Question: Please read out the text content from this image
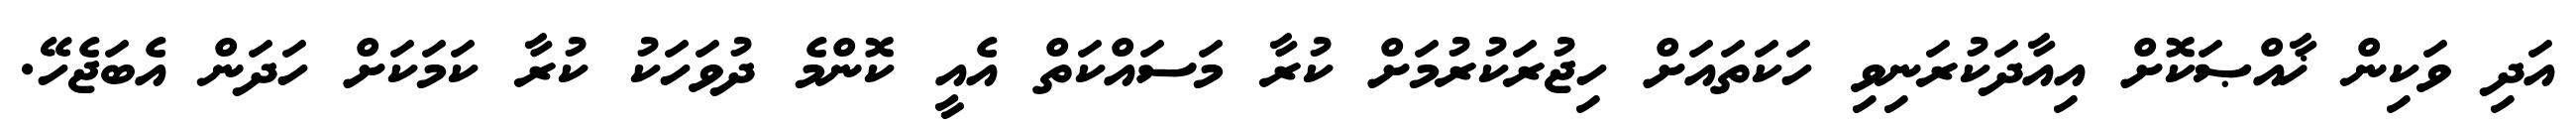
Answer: އަދި ވަކިން ޚާއްޞަކޮށް އިއާދަކުރަނިވި ހަކަތައަށް ހިޖުރަކުރުމަށް ކުރާ މަސައްކަތް އެއީ ކޮންމެ ދުވަހަކު ކުރާ ކަމަކަށް ހަދަން އެބަޖެހޭ.